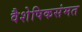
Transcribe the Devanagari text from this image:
वैशेषिकसंमत